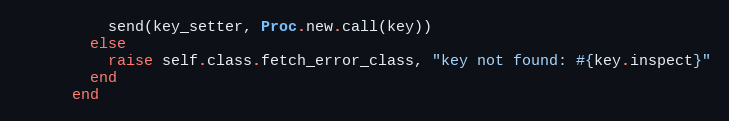
Language: Ruby
          send(key_setter, Proc.new.call(key))
        else
          raise self.class.fetch_error_class, "key not found: #{key.inspect}"
        end
      end